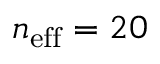
n _ { \mathrm { e f f } } = 2 0